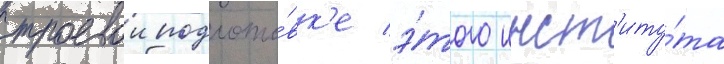
строевои подгото́вк'е э́того инст'иту́та